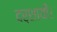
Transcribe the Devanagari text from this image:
दर्शायी।